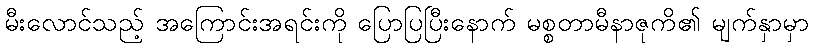
မီးလောင်သည့် အကြောင်းအရင်းကို ပြောပြပြီးနောက် မစ္စတာမီနာဇုကိ၏ မျက်နှာမှာ